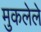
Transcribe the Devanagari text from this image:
मुकलेले